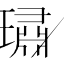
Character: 璛